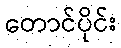
တောင်ပိုင်း